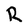
Character: R